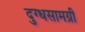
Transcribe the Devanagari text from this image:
दुग्धसामग्री